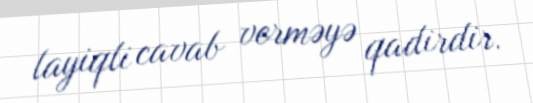
layiqli cavab verməyə qadirdir.